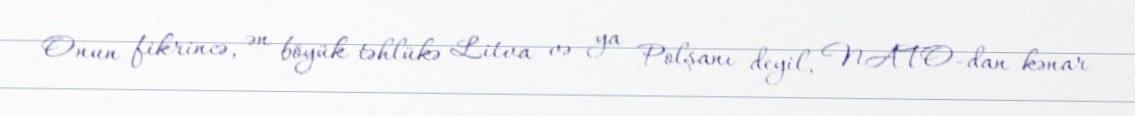
Onun fikrincə, ən böyük təhlükə Litva və ya Polşanı deyil, NATO-dan kənar